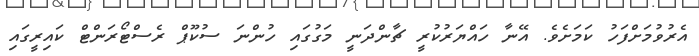
އެރުވުމަށްފަހު ކަމަށެވެ. އޭނާ ހައްޔަރުކުރީ ޗާންދަނީ މަގުގައި ހުންނަ ސުކޫޕް ރެސްޓޯރަންޓް ކައިރީގައި